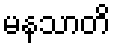
မနသာတိ